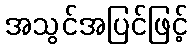
အသွင်အပြင်ဖြင့်